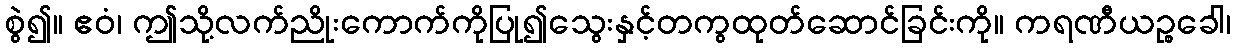
စွဲ၍။ ဧဝံ၊ ဤသို့လက်ညိုးကောက်ကိုပြု၍သွေးနှင့်တကွထုတ်ဆောင်ခြင်းကို။ ကရဏီယဉ္စခေါ၊